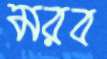
মরব